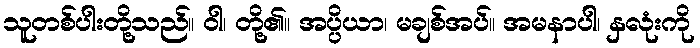
သူတစ်ပါးတို့သည်။ ဝါ၊ တို့၏။ အပ္ပိယာ၊ မချစ်အပ်။ အမနာပါ၊ နှလုံးကို